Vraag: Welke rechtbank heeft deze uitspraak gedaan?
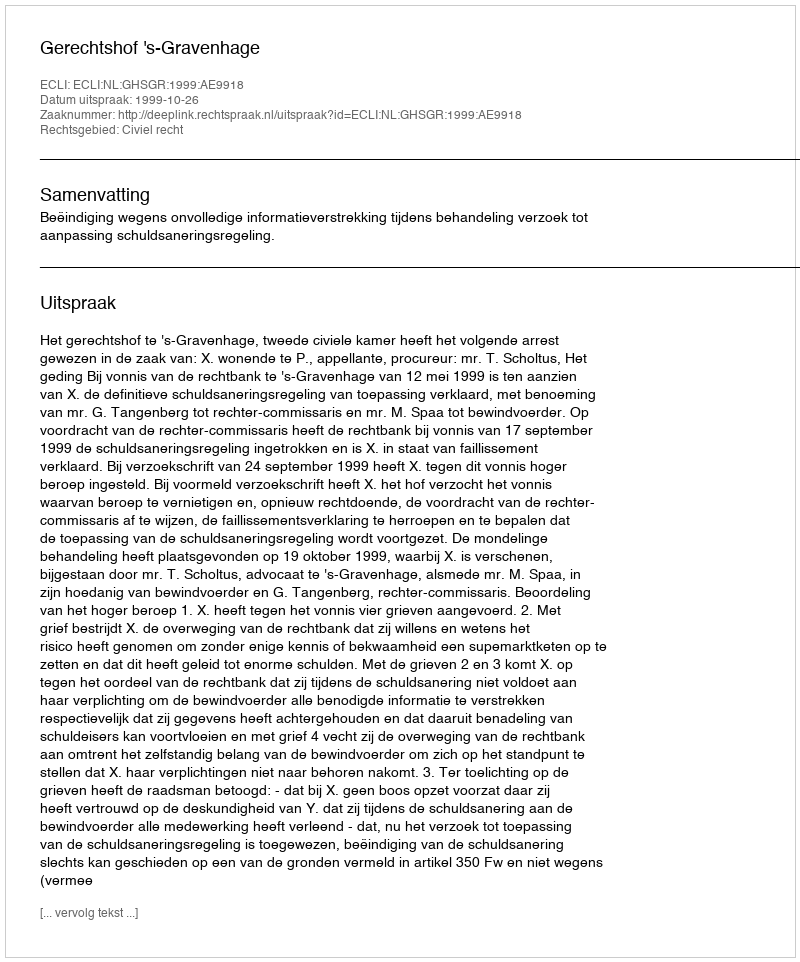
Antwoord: Gerechtshof 's-Gravenhage